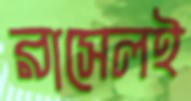
রাসেলই